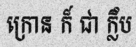
ក្រោន ក៏ ជា ក្លឹប